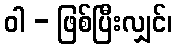
ဝါ - ဖြစ်ပြီးလျှင်၊